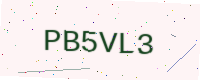
Text: PB5VL3